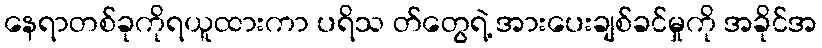
နေရာတစ်ခုကိုရယူထားကာ ပရိသ တ်တွေရဲ့ အားပေးချစ်ခင်မှုကို အခိုင်အ